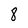
Character: 8